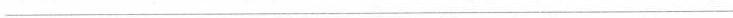
___